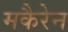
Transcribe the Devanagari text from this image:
मकैरेन